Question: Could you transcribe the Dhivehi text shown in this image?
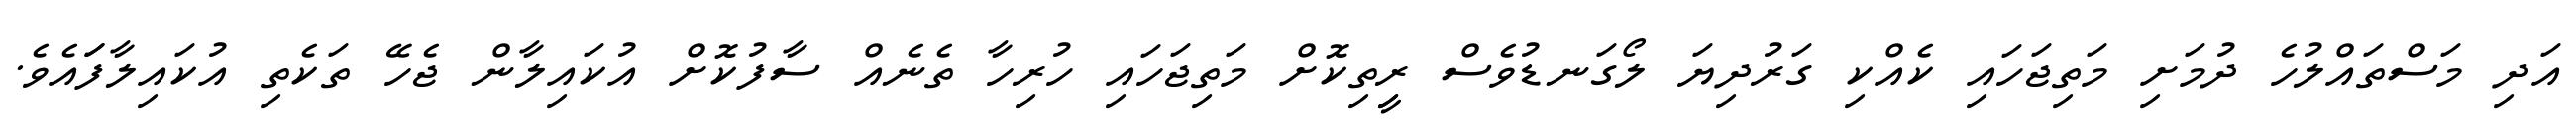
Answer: އަދި މަސްތައްލުހެ ދުމަށި މަތިޖަހައި ކެއްކި ގަރުދިޔަ ލޯގަނޑުވެސް ރީިތިކޮށް މަތިޖަހައި ހުރިހާ ތެނެއް ސާފުކޮށް އުކައިލާން ޖެހޭ ތަކެތި އުކައިލާފަައެވެ.